Annual administration report of the Civil Veterinary Department of India - 1896-1897
Year: 1896
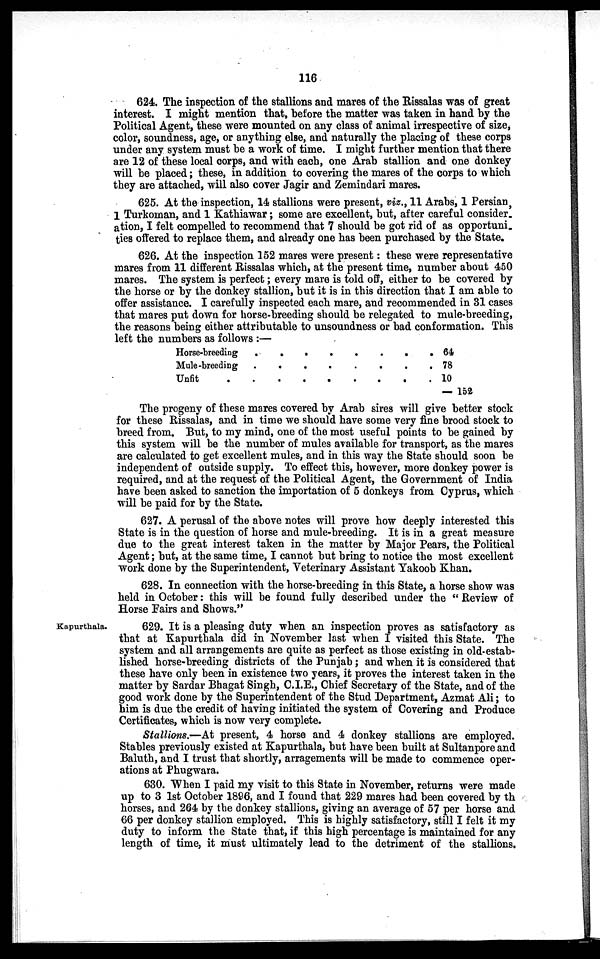
116
624. The inspection of the stallions and mares of the Rissalas was of great
interest. I might mention that, before the matter was taken in hand by the
Political Agent, these were mounted on any class of animal irrespective of size,
color, soundness, age, or anything else, and naturally the placing of these corps
under any system must be a work of time. I might further mention that there
are 12 of these local corps, and with each, one Arab stallion and one donkey
will be placed; these, in addition to covering the mares of the corps to which
they are attached, will also cover Jagir and Zemindari mares.
625. At the inspection, 14 stallions were present, viz., 11 Arabs, 1 Persian,
1 Turkoman, and 1 Kathiawar; some are excellent, but, after careful consider-
ation, I felt compelled to recommend that 7 should be got rid of as opportuni.
ties offered to replace them, and already one has been purchased by the State.
626. At the inspection 152 mares were present: these were representative
mares from 11 different Rissalas which, at the present time, number about 450
mares. The system is perfect; every mare is told off, either to be covered by
the horse or by the donkey stallion, but it is in this direction that I am able to
offer assistance. I carefully inspected each mare, and recommended in 31 cases
that mares put down for horse-breeding should be relegated to mule-breeding,
the reasons being either attributable to unsoundness or bad conformation. This
left the numbers as follows :—
Horse-breeding .
Mule-breeding .
Unfit . .
.
.
.
.
.
.
.
.
.
. .
. .
. .
.
.
.
. 64
. 78
. 10
—152
The progeny of these mares covered by Arab sires will give better stock
for these Rissalas, and in time we should have some very fine brood stock to
breed from. But, to my mind, one of the most useful points to be gained by
this system will be the number of mules available for transport, as the mares
are calculated to get excellent mules, and in this way the State should soon be
independent of outside supply. To effect this, however, more donkey power is
required, and at the request of the Political Agent, the Government of India
have been asked to sanction the importation of 5 donkeys from Cyprus, which
will be paid for by the State.
627. A perusal of the above notes will prove how deeply interested this
State is in the question of horse and mule-breeding. It is in a great measure
due to the great interest taken in the matter by Major Pears, the Political
Agent; but, at the same time, I cannot but bring to notice the most excellent
work done by the Superintendent, Veterinary Assistant Yakoob Khan.
628. In connection with the horse-breeding in this State, a horse show was
held in October: this will be found fully described under the "Review of
Horse Fairs and Shows."
Kapurthala.
629. It is a pleasing duty when an inspection proves as satisfactory as
that at Kapurthala did in November last when I visited this State. The
system and all arrangements are quite as perfect as those existing in old-estab-
lished horse-breeding districts of the Punjab; and when it is considered that
these have only been in existence two years, it proves the interest taken in the
matter by Sardar Bhagat Singh, C.I.E., Chief Secretary of the State, and of the
good work done by the Superintendent of the Stud Department, Azmat Ali; to
him is due the credit of having initiated the system of Covering and Produce
Certificates, which is now very complete.
Stallions.—At present, 4 horse and 4 donkey stallions are employed.
Stables previously existed at Kapurthala, but have been built at Sultanpore and
Baluth, and I trust that shortly, arragements will be made to commence oper-
ations at Phugwara.
630. When I paid my visit to this State in November, returns were made
up to 3 1st October 1896, and I found that 229 mares had been covered by th
horses, and 264 by the donkey stallions, giving an average of 57 per horse and
66 per donkey stallion employed. This is highly satisfactory, still I felt it my
duty to inform the State that, if this high percentage is maintained for any
length of time, it must ultimately lead to the detriment of the stallions.